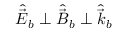
\hat { \vec { E } } _ { b } \perp \hat { \vec { B } } _ { b } \perp \hat { \vec { k } } _ { b }